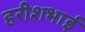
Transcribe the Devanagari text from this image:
हरीशभाई